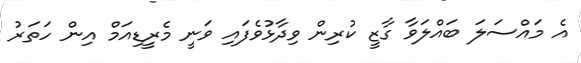
އެ މައްސަލަ ބައްލަވާ ގާޒީ ކުރިން ވިދާޅުވެފައި ވަނީ މެރީޑިއަމް އިން ހަތަރު